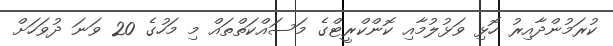
ކުރަމުންދާއިރު ހޮޅި ވަޅުލުމާއި ކޮންކްރީޓްގެ މަސައްކަތްތައް މި މަހުގެ 20 ވަނަ ދުވަހަށް